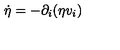
\dot { \eta } = - \partial _ { i } ( \eta v _ { i } )